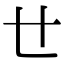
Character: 𠃒